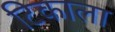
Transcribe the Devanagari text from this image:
टिकाला